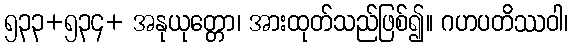
၅၃၃+၅၃၄+ အနုယုတ္တော၊ အားထုတ်သည်ဖြစ်၍။ ဂဟပတိဿဝါ၊